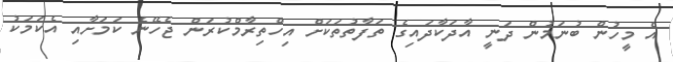
އެ މީހުން ބުނަމުން ދަނީ އާދަކާދައިގެ ތަފާތުތަކަށް އިހްތިރާމްކުރަން ޖެހޭނެ ކަމަށާއި އެކަމަކު